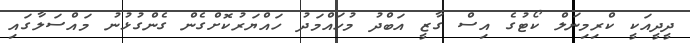
ދީދީއަކީ ކްރިމިނަލް ކޯޓުގެ އިސް ގާޒީ އަބްދު މުހައްމަދު ހައްޔަރުކޮށްގެން ގެންގުޅުނު މައްސަލާގައި